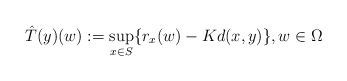
LaTeX: \begin{align*}\hat T(y)(w):= \displaystyle \sup_{x\in S}\{r_x(w)-Kd(x,y)\},w\in \Omega\end{align*}